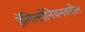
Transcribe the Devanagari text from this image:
हॅमिल्टोनियनवरील